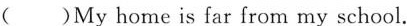
( )My home is far from my school.